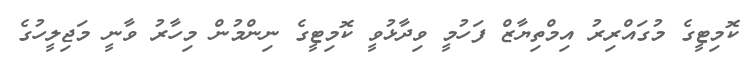
ކޮމިޓީގެ މުގައްރިރު އިމްތިޔާޒް ފަހުމީ ވިދާޅުވީ ކޮމިޓީގެ ނިންމުން މިހާރު ވާނީ މަޖިލީހުގެ